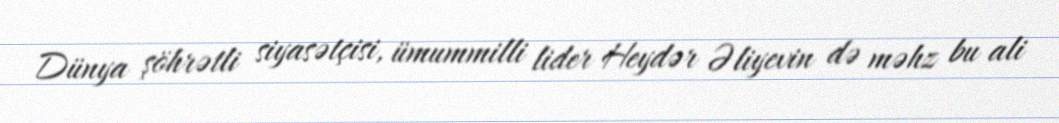
Dünya şöhrətli siyasətçisi, ümummilli lider Heydər Əliyevin də məhz bu ali